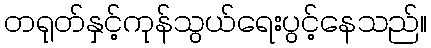
တရုတ်နှင့်ကုန်သွယ်ရေးပွင့်နေသည်။